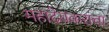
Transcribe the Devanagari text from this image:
महादेवकरांचा